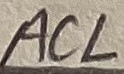
Text: ACL